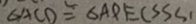
\Delta A C D \cong \Delta A D E ( S S S )